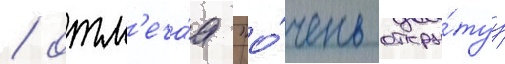
/ отм'еча́я "о́чень откры́туу